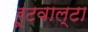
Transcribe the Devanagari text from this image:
रूटवाल्टा